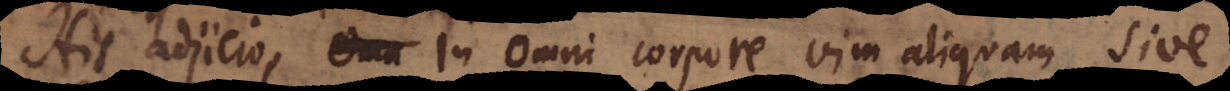
His adjicio, in omni corpore vim aliquam sive